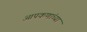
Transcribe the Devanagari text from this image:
आपकणांच्या